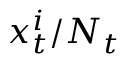
x _ { t } ^ { i } / N _ { t }